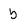
Character: b